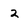
Character: 2